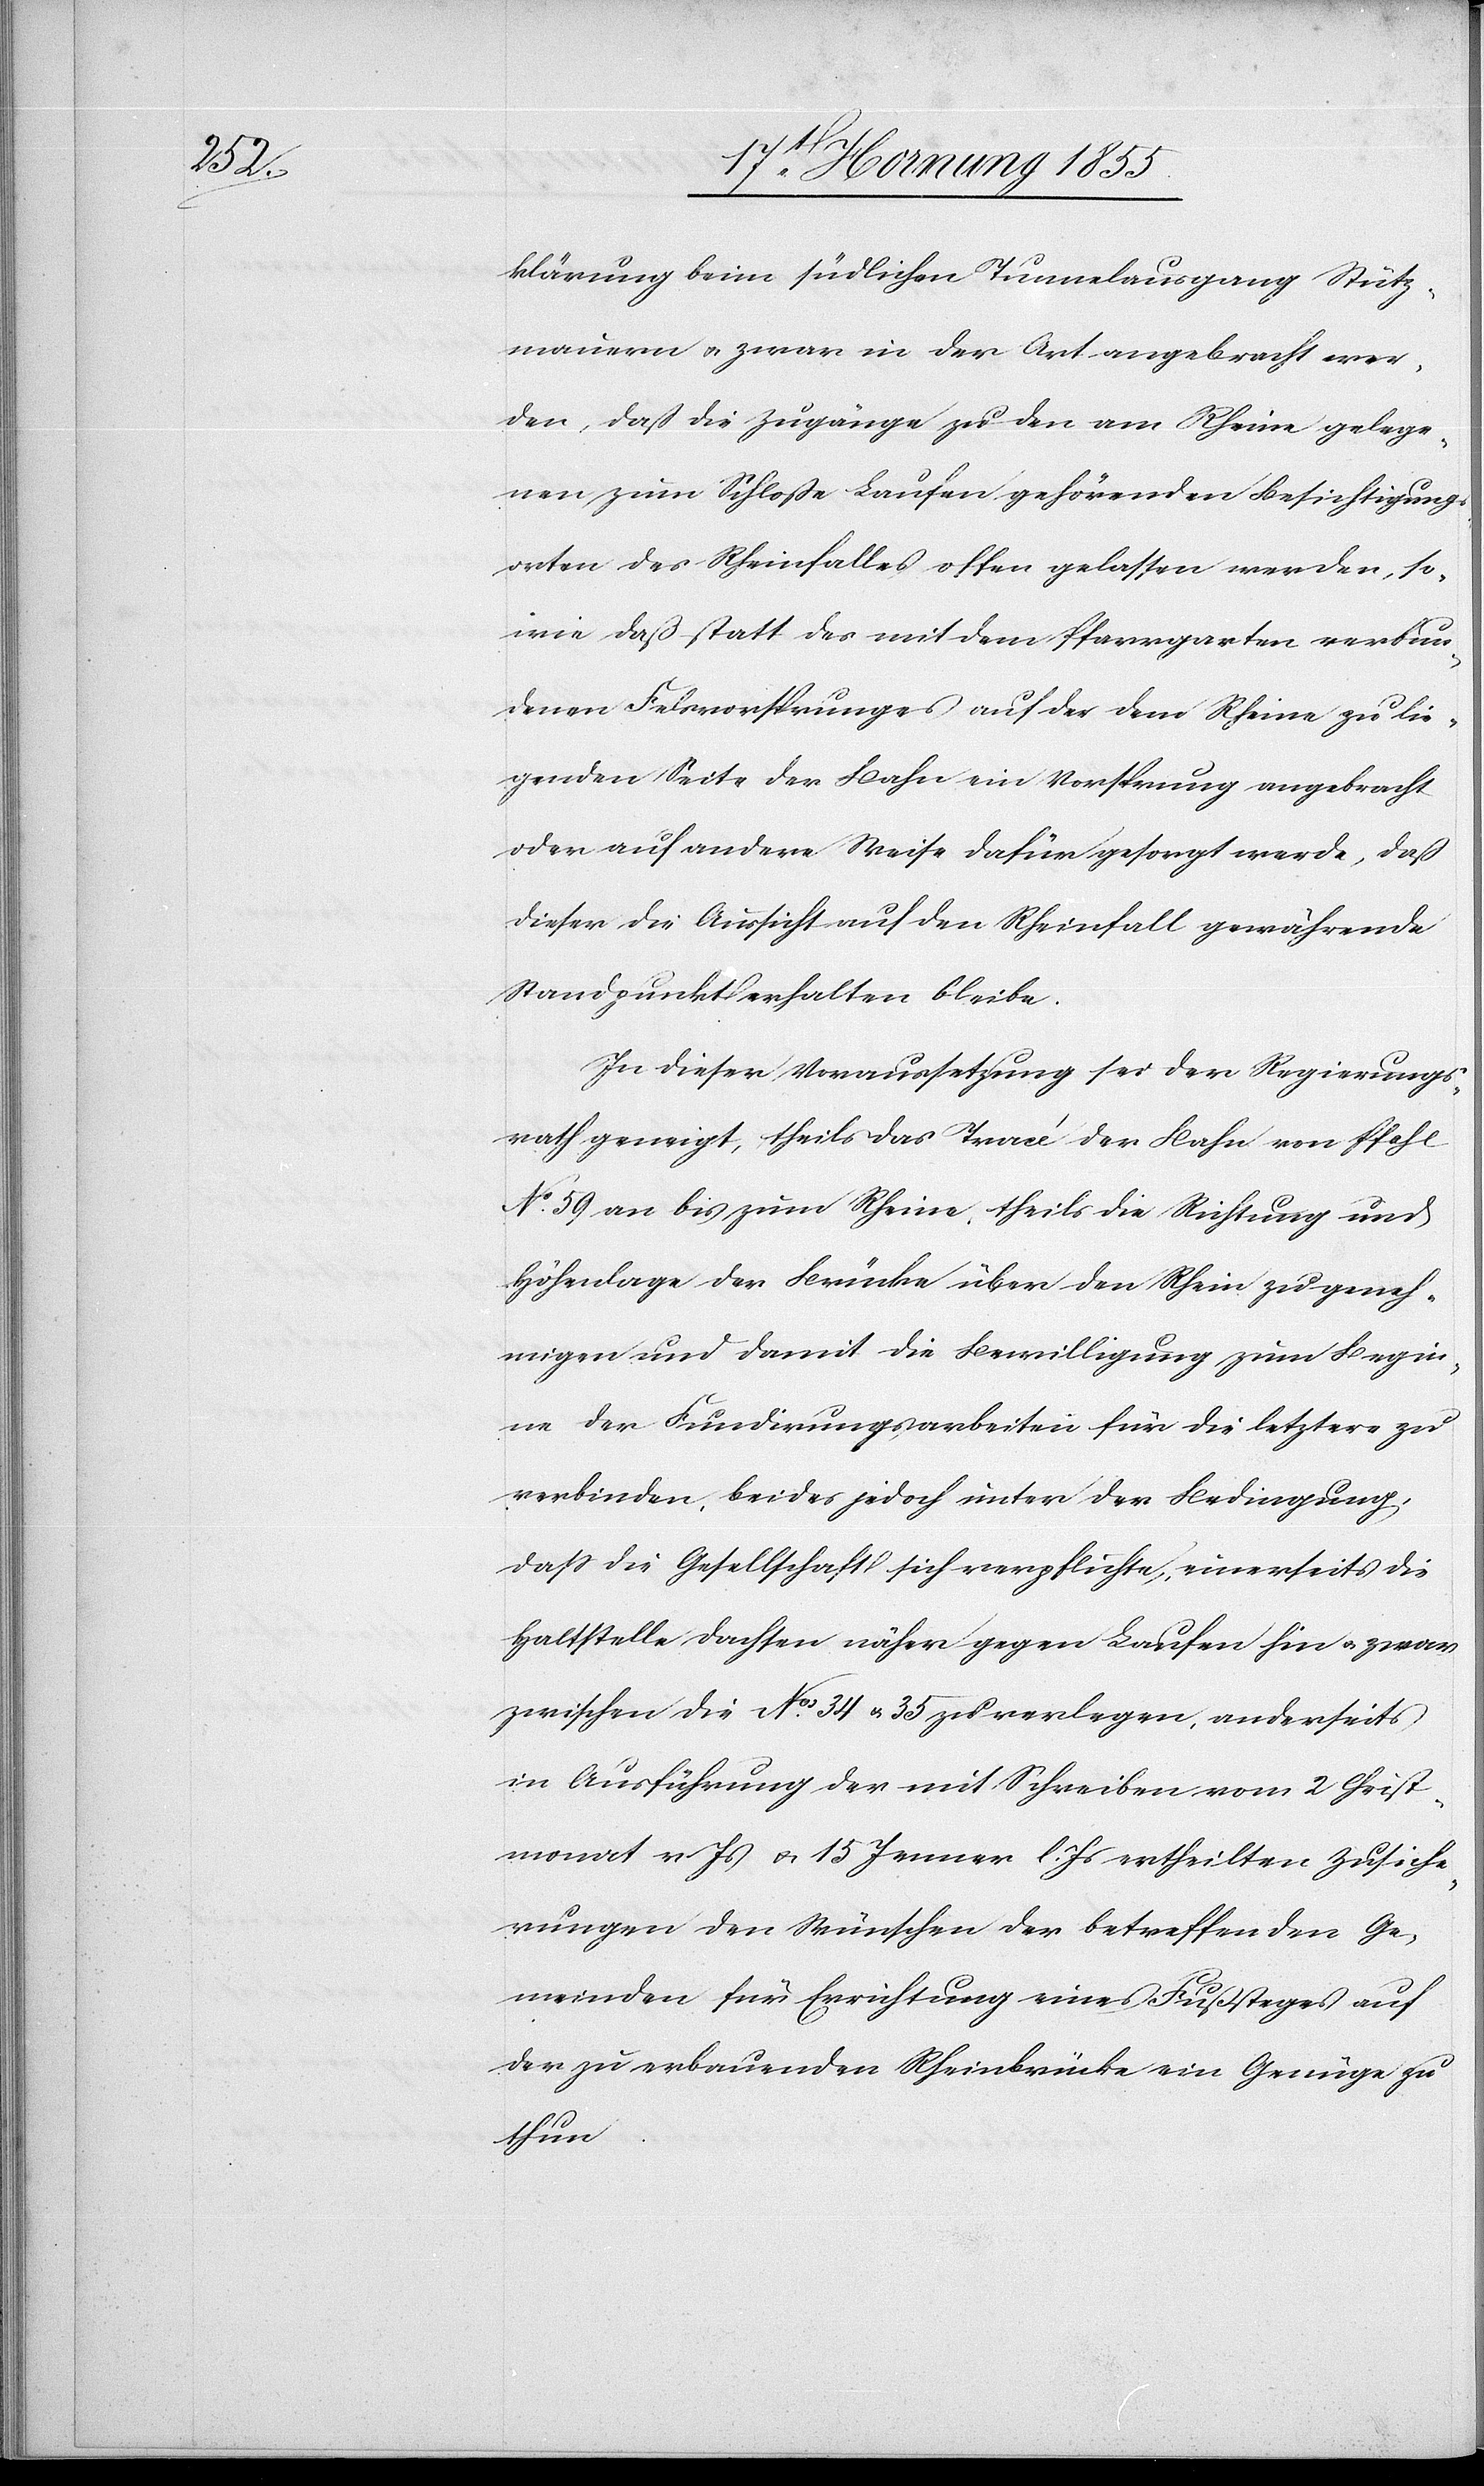
klärung beim südlichen Tunnelausgang Stütz¬
mauern & zwar in der Art angebracht wer¬
den, daß die Zugänge zu den am Rhein gelege¬
nen zum Schloße Laufen gehörenden Besichtigung¬
sorten des Rheinfalles offen gelassen werden, so¬
wie daß – statt des mit dem Pfarrgarten verbun¬
denen Felsvorsprunges auf der dem Rheine zu lie¬
genden Seite der Bahn ein Vorsprung angebracht
oder auf andere Weise dafür gesorgt werde, daß
dieser die Aussicht auf den Rheinfall gewährende
Standpunkt erhalten bleibe.
In dieser Voraussetzung sei der Regierungs¬
rath geneigt, theils das Tracé der Bahn von Pfahl
No. 59 an bis zum Rheine, theils die Richtung und
Höhenlage der Brücke über den Rhein zu geneh¬
migen und damit die Bewilligung zum Begin¬
ne der Fundirungsarbeiten für die letztere zu
verbinden, beides jedoch unter der Bedingung,
dass die Gesellschaft sich verpflichte, einerseits die
Haltstelle Dachsen näher gegen Laufen hin & zwar
zwischen die Nos. 34 & 35 zu verlegen, anderseits
in Ausführung der mit Schreiben vom 2 Christ¬
monat v. Js & 15 Jenner l. Js ertheilten Zusiche¬
rungen den Wünschen der betreffenden Ge¬
meinden für Errichtung eines Fußsteges auf
der zu erbauenden Rheinbrücke ein Genüge zu
thun.